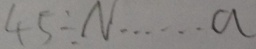
4 5 \div N \cdots a